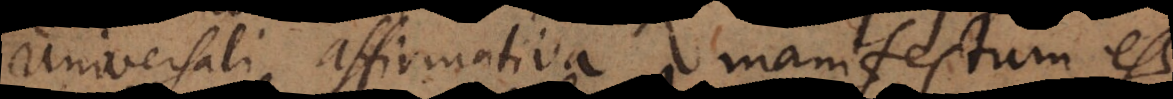
universali affirmativa manifestum est